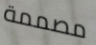
مصممة